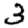
Digit: 3